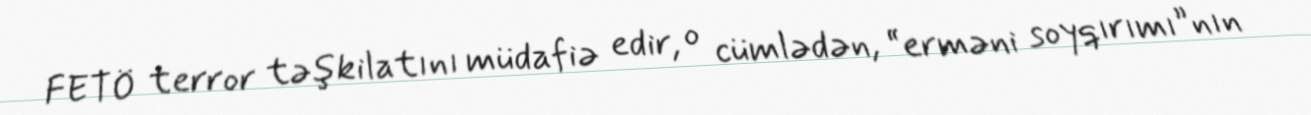
FETÖ terror təşkilatını müdafiə edir, o cümlədən, “erməni soyqırımı”nın